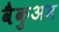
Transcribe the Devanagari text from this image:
वैकुअम